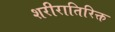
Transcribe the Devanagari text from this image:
शरीरातिरिक्त